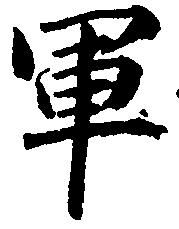
軍